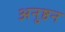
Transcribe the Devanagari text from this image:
अनुष्ठन